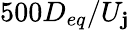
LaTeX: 500D_{eq}/U_{\mathbf{j}}